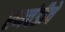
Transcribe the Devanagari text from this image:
रणचंडीचे